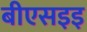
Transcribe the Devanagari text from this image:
बीएसइइ